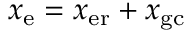
x _ { \mathrm { e } } = x _ { \mathrm { e r } } + x _ { \mathrm { g c } }